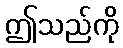
ဤသည်ကို